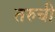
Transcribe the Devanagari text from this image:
तरुची